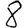
Digit: 8